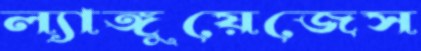
ল্যাঙ্গুয়েজেস